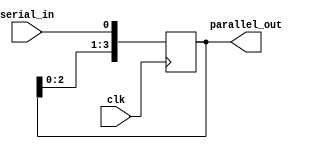
module serial_in_parallel_out (
    input wire clk,
    input wire serial_in,
    output reg [3:0] parallel_out
);

reg [3:0] state;

always @(posedge clk) begin
    state <= {state[2:0], serial_in};
end

assign parallel_out = state;

endmodule